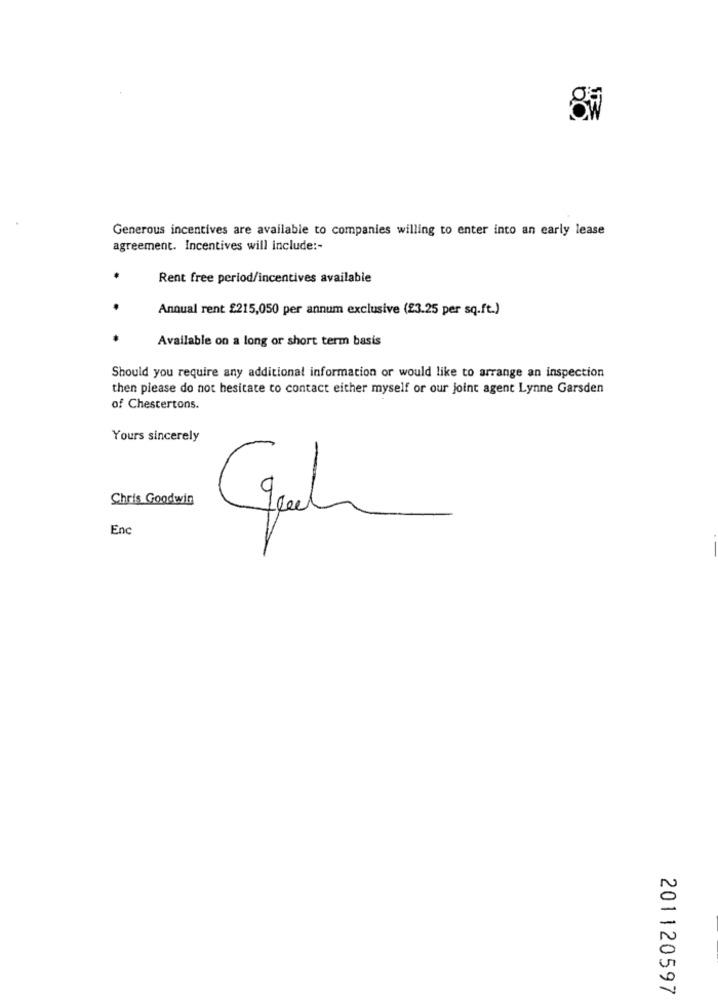
8₩
Generous incentives are available to companies willing to enter into an early lease
agreement. Incentives will include :-
Rent free period/incentives available
Annual rent £215,050 per annum exclusive (23.25 per sq.ft.)
Available on a long or short term basis
Should you require any additional information or would like to arrange an inspection
then please do not hesitate to contact either myself or our joint agent Lynne Garsden
of Chestertons.
Yours sincerely
Chris Goodwin
Enc
201120597